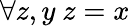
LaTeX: \forall z,y\ z=x